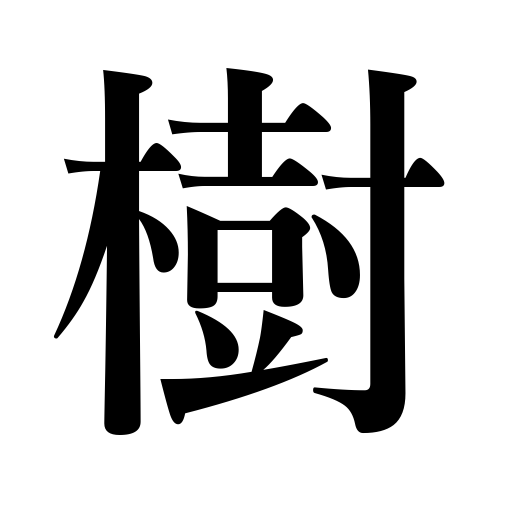
Meanings: tree,wood